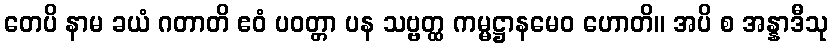
တေပိ နာမ ခယံ ဂတာတိ ဧဝံ ပဝတ္တာ ပန သဗ္ဗတ္ထ ကမ္မဋ္ဌာနမေဝ ဟောတိ။ အပိ စ အန္နာဒီသု